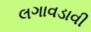
લગાવડાવી